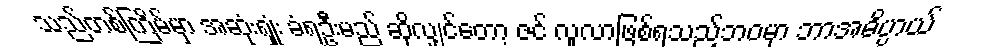
သည်တစ်ကြိမ်မှာ အဆုံးရှုံး ခံရဦးမည် ဆိုလျှင်တော့ ဇင် လူလာဖြစ်ရသည့်ဘဝမှာ ဘာအဓိပ္ပာယ်